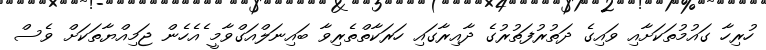
ހުރިހާ ގައުމުތަކަށާއި ވައިގެ ދަތުރުފަތުރުގެ ދާއިރާގައި ހަރަކާތްތެެރިވާ ބައިނަލްއަގްވާމީ ެއެހެން ޖަމިއްޔާތަކަށް ވެސް